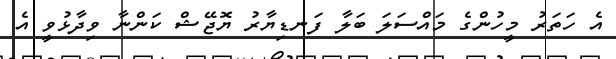
އެ ހަތަރު މީހުންގެ މައްސަލަ ބަލާ ފަނޑިޔާރު ޔޮޖޭޝް ކަންނާ ވިދާޅުވީ އެ